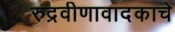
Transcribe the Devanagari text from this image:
रुद्रवीणावादकाचे